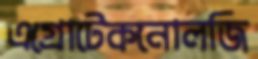
এগ্রোটেকনোলজি